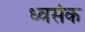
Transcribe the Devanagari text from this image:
ध्वसंक